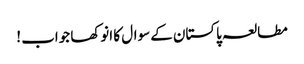
مطالعہ پاکستان کے سوال کا انوکھا جواب !